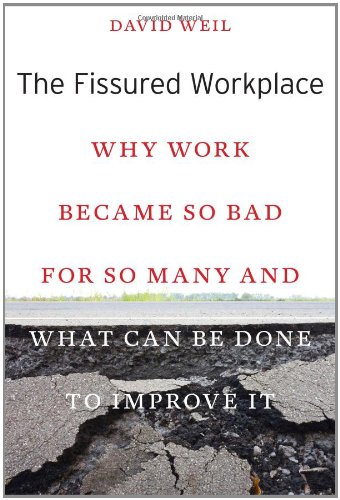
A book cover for The Fissured Workplace: Why Work Became So Bad for So Many and What Can Be Done to Improve It; David Weil; Business & Money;